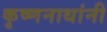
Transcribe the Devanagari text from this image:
कृष्णनाथांनी